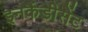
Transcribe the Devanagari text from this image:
इनकैंडीसेंट